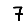
Digit: 7